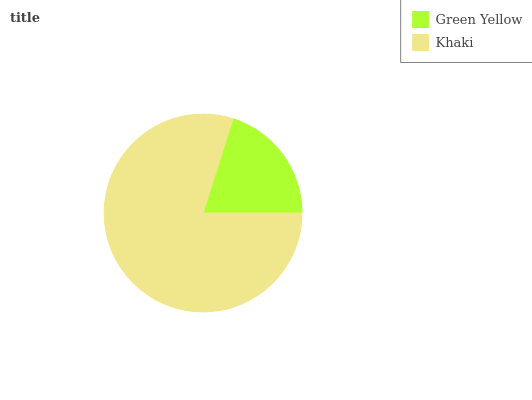
| Green Yellow | Khaki |
 | --- | --- |
 | 20.1% | 79.9% |